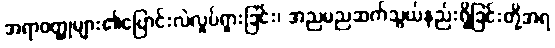
အရာဝတ္ထုများ၏ပြောင်းလဲလှုပ်ရှားခြင်း၊ အညမညဆက်သွယ်နည်းရှိခြင်းတို့အရ